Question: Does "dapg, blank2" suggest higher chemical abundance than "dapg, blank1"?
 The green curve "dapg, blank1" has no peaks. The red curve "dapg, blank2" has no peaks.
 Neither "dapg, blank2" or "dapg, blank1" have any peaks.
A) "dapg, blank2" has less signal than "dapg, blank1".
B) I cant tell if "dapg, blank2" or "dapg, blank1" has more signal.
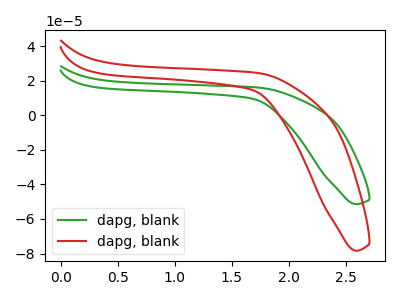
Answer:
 <answer>B) I cant tell if "dapg, blank2" or "dapg, blank1" has more signal.</answer>
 <eval>B</eval>